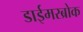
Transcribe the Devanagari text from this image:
डाईमरब्रोक